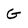
Character: G